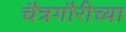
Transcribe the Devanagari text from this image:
चैत्रगौरीच्या